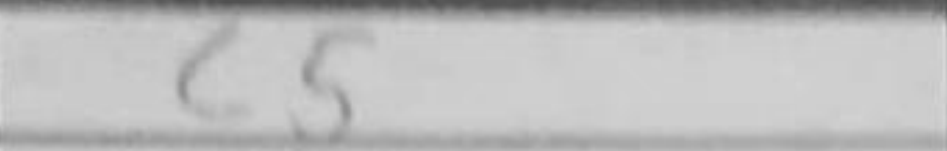
Transcription: c5